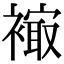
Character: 𧜮